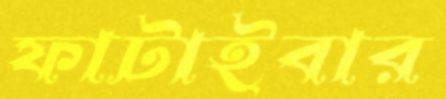
ফাটাইবার